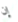
إن